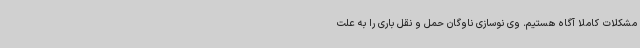
مشکلات کاملاً آگاه هستیم. وی نوسازی ناوگان حمل و نقل باری را به علت